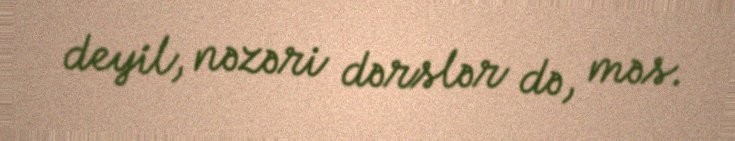
deyil, nəzəri dərslər də, məs.